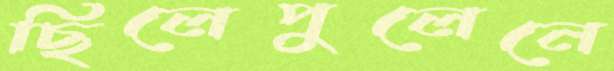
ছিলেপুলেনে